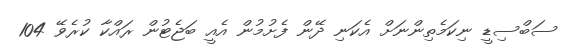
ސަބްސިޑީ ނިކަމެތިންނަަށް އެކަނި ދޭން ފެށުމުން އެއީ ބަޖެޓުން ރައްކާ ކުރެވޭ 104